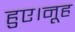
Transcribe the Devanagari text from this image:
हुए।नूह